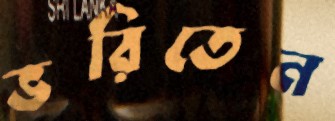
ভরিতেন